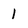
Character: 1